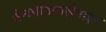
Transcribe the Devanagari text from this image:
बेन्जोडियाज़ेपाइन